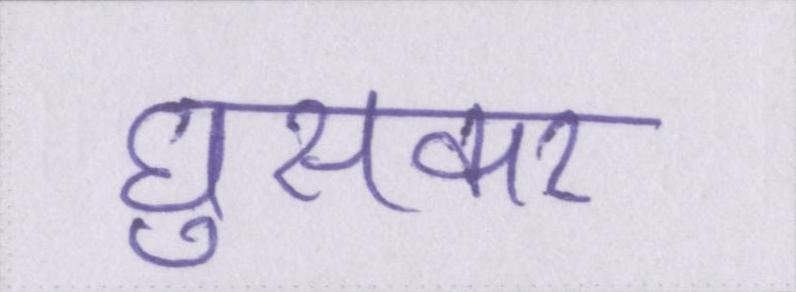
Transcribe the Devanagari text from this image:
घुसकर